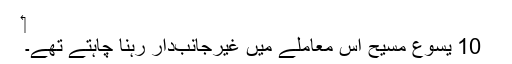
‏
10 یسوع مسیح اِس معاملے میں غیرجانب‌دار رہنا چاہتے تھے۔